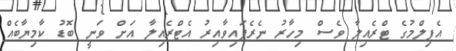
އެފިލްމުގެ ޓްރެއިލާ ވެސް މިހާރު ނެރެފައިވާއިރު އެޓްރެއިލާ އަށް ވަނީ ބޮޑު ކާމިޔާބެއް